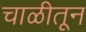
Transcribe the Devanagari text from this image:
चाळीतून